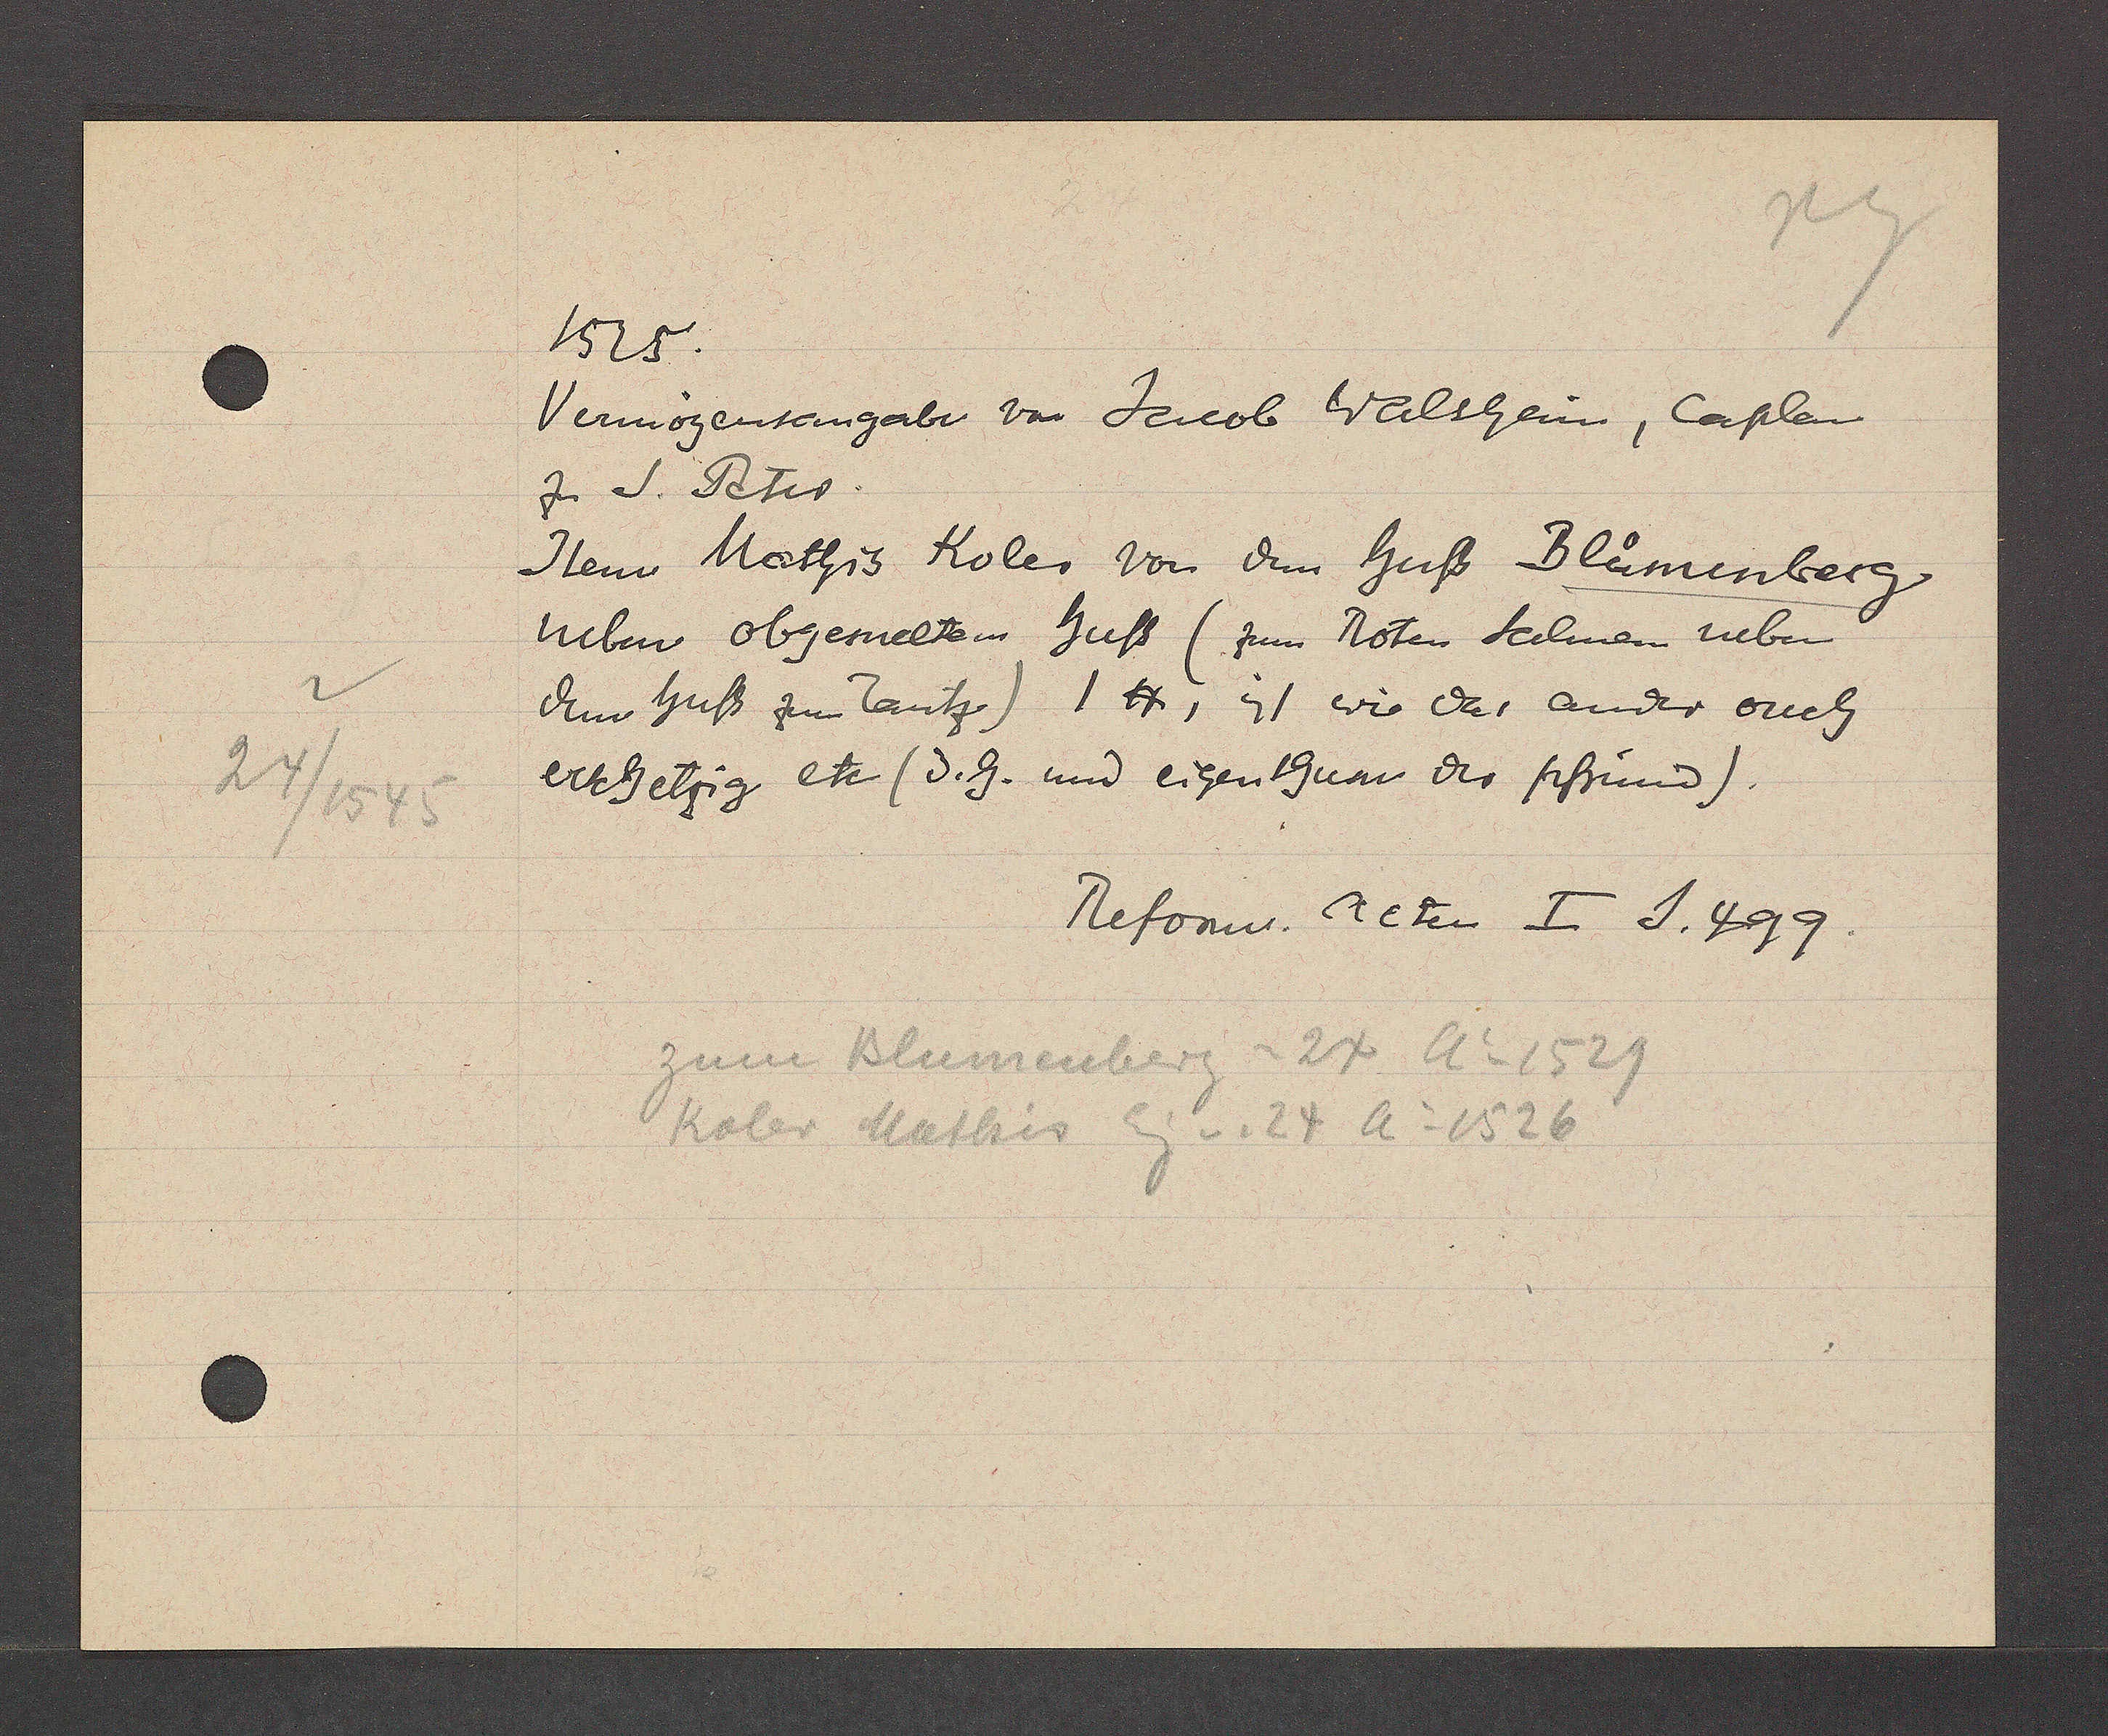
Transcript:
24/1545

1525.
Vermögensangabe von Jacob Walsheim, Caplen
zu S. Peter
Item Mathis Koler von dem huß Bluomenberg
neben obgemeltem huß (zum Roten Salmen neben
dem huß zum Tantz.)1 ℔, ist wie das ander ouch
erschetzig etc (d.h. und eigenthum der pfrund).
Reform. acten I J.499.
zum Blummberg = 24. Ao 1529
Koler Mathis Eg v. 24 Ao 1526